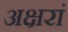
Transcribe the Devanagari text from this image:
अक्षरां